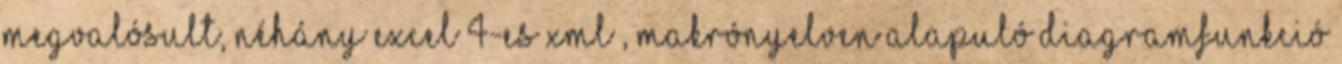
megvalósult, néhány Excel 4-es XML , makrónyelven alapuló diagramfunkció